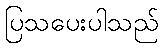
ပြသပေးပါသည်